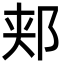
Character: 郏